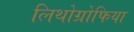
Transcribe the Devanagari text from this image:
लिथोग्रोफिया